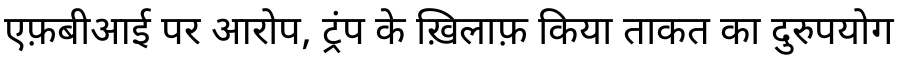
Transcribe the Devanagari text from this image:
एफ़बीआई पर आरोप, ट्रंप के ख़िलाफ़ किया ताकत का दुरुपयोग